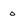
Character: 0